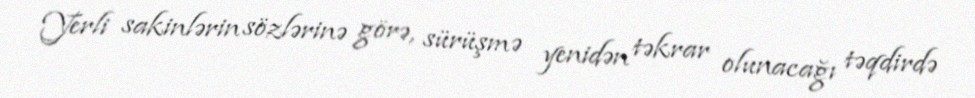
Yerli sakinlərin sözlərinə görə, sürüşmə yenidən təkrar olunacağı təqdirdə